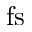
\mathrm { f s }